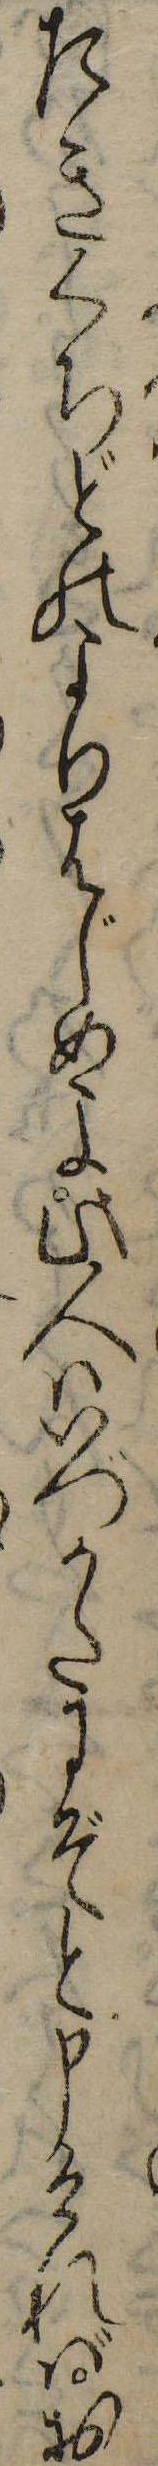
たきくちどのよりはじめよ此人はいづかたにぞと申ければお